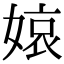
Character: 𡟓